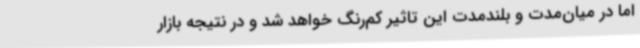
اما در میان‌مدت و بلندمدت این تاثیر کم‌رنگ خواهد شد و در نتیجه بازار